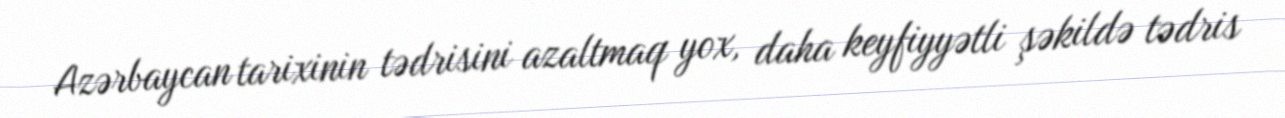
Azərbaycan tarixinin tədrisini azaltmaq yox, daha keyfiyyətli şəkildə tədris